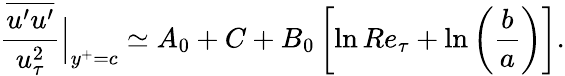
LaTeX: \frac{\overline{{u^{\prime}u^{\prime}}}}{u_{\tau}^{2}}\Big|_{y^{+}=c}\simeq A_{0}+C+B_{0}\left[\ln Re_{\tau}+\ln\left(\frac{b}{a}\right)\right].